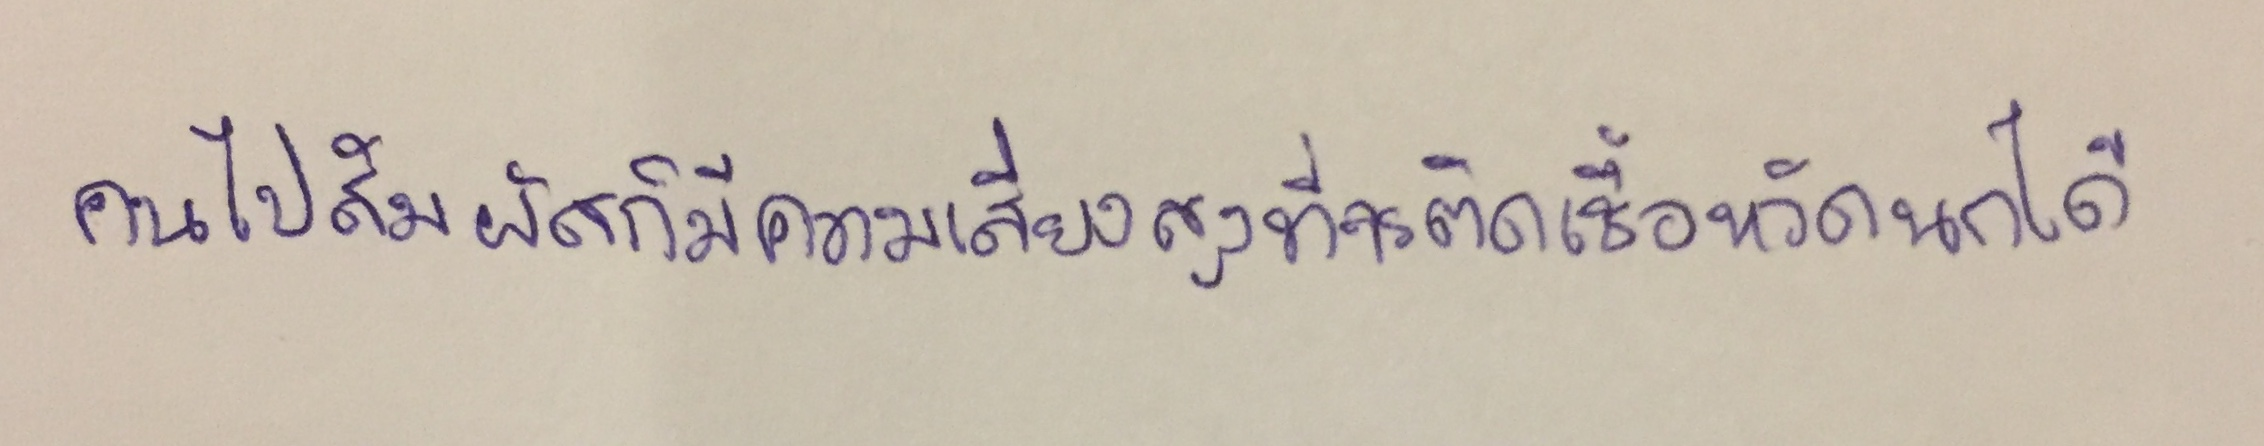
คนไปสัมผัสก็มีความเสี่ยงสูงที่จะติดเชื้อหวัดนกได้